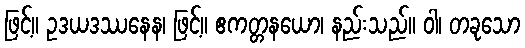
ဖြင့်။ ဥဒယဒဿနေန၊ ဖြင့်။ ဧကတ္တနယော၊ နည်းသည်။ ဝါ၊ တခုသော